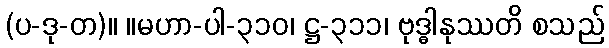
(ပ-ဒု-တ)။ ။မဟာ-ပါ-၃၁၀၊ ဋ္ဌ-၃၁၁၊ ဗုဒ္ဓါနုဿတိ စသည်